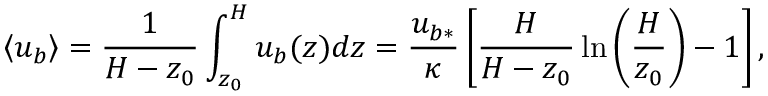
\left< u _ { b } \right> = \frac { 1 } { H - z _ { 0 } } \int _ { z _ { 0 } } ^ { H } u _ { b } ( z ) d z = \frac { u _ { b * } } { \kappa } \left[ \frac { H } { H - z _ { 0 } } \ln \left( \frac { H } { z _ { 0 } } \right) - 1 \right] ,